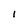
Character: I